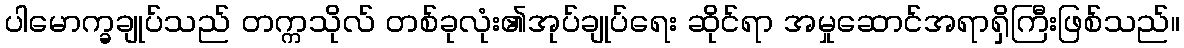
ပါမောက္ခချုပ်သည် တက္ကသိုလ် တစ်ခုလုံး၏အုပ်ချုပ်ရေး ဆိုင်ရာ အမှုဆောင်အရာရှိကြီးဖြစ်သည်။